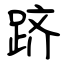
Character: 跻